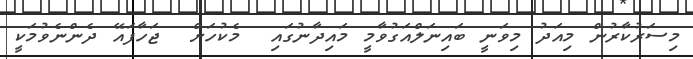
މިސަރުކާރުން މިއަދު މިވަނީ ބައިނަލްއަގުވާމީ މައިދާނުގައި  މެކުހަށް  ޖަހާފައޭ ދެންނެވުމަކީ